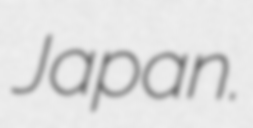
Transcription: Japan.